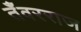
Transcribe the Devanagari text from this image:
तँवरराज